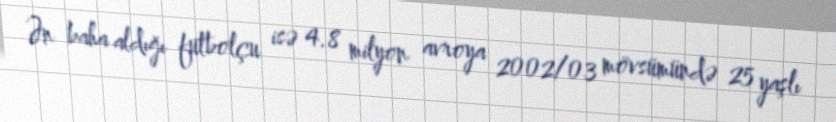
Ən baha aldığı futbolçu isə 4.8 milyon avroya 2002/03 mövsümündə 25 yaşlı